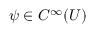
\psi \in C ^ { \infty } ( U )